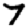
Digit: 7